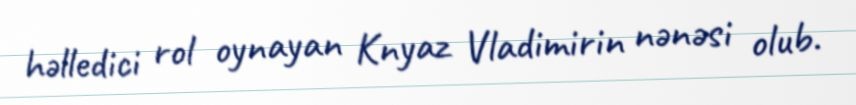
həlledici rol oynayan Knyaz Vladimirin nənəsi olub.